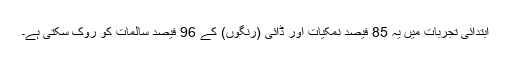
ابتدائی تجربات میں یہ 85 فیصد نمکیات اور ڈائی (رنگوں) کے 96 فیصد سالمات کو روک سکتی ہے۔